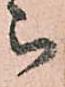
被